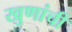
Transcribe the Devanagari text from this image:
खुणांची